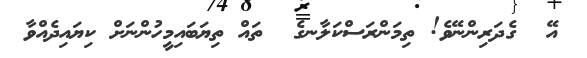
އޭ  ގެދަރިންނޭވެ! ތިމަންރަސްކަލާނގެ  ތައް ތިޔަބައިމީހުންނަށް ކިޔައިދެއްވާ